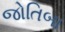
જોતિબા